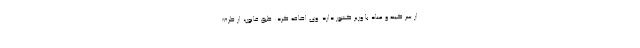
از سر کینه و عناد با وزیر کشور دارد. وی اضافه کرد: طبق قانون، از طرف